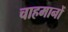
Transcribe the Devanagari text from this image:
चाहमानों